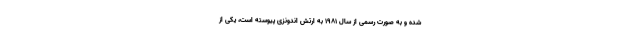
شده و به صورت رسمی از سال ۱۹۸۱ به ارتش اندونزی پیوسته است، یکی از